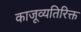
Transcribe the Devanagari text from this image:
काजूव्यतिरिक्त